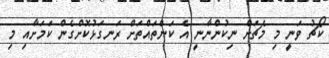
ކޯޗު ވަނީ މި މެޗަށް ނިކުންނާނީ އެ ކަންތައްތަށް ރަނގަޅުކޮށްގެން ކަމަށާއި މި